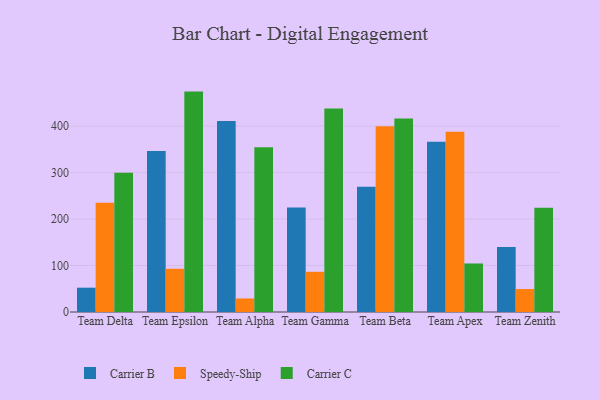
{"axis": {"x": "Team", "y": "Backlog"}, "legend": ["Carrier B", "Carrier C", "Speedy-Ship"], "data": [{"x": "Team Delta", "y": 52.3, "type": "Carrier B"}, {"x": "Team Delta", "y": 235.0, "type": "Speedy-Ship"}, {"x": "Team Delta", "y": 299.5, "type": "Carrier C"}, {"x": "Team Epsilon", "y": 346.1, "type": "Carrier B"}, {"x": "Team Epsilon", "y": 93.0, "type": "Speedy-Ship"}, {"x": "Team Epsilon", "y": 474.1, "type": "Carrier C"}, {"x": "Team Alpha", "y": 410.6, "type": "Carrier B"}, {"x": "Team Alpha", "y": 29.1, "type": "Speedy-Ship"}, {"x": "Team Alpha", "y": 354.3, "type": "Carrier C"}, {"x": "Team Gamma", "y": 224.7, "type": "Carrier B"}, {"x": "Team Gamma", "y": 86.5, "type": "Speedy-Ship"}, {"x": "Team Gamma", "y": 437.8, "type": "Carrier C"}, {"x": "Team Beta", "y": 269.4, "type": "Carrier B"}, {"x": "Team Beta", "y": 399.8, "type": "Speedy-Ship"}, {"x": "Team Beta", "y": 416.1, "type": "Carrier C"}, {"x": "Team Apex", "y": 366.2, "type": "Carrier B"}, {"x": "Team Apex", "y": 387.8, "type": "Speedy-Ship"}, {"x": "Team Apex", "y": 104.4, "type": "Carrier C"}, {"x": "Team Zenith", "y": 139.6, "type": "Carrier B"}, {"x": "Team Zenith", "y": 49.4, "type": "Speedy-Ship"}, {"x": "Team Zenith", "y": 224.0, "type": "Carrier C"}]}